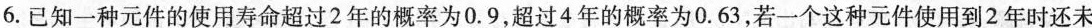
6.已知一种元件的使用寿命超过2年的概率为0.9，超过4年的概率为0.63，若一个这种元件使用到2年时还未